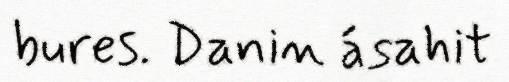
bures. Danin ásahit